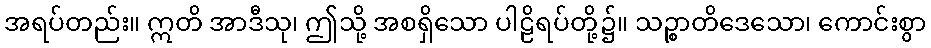
အရပ်တည်း။ ဣတိ အာဒီသု၊ ဤသို့ အစရှိသော ပါဠိရပ်တို့၌။ သဉ္စာတိဒေသော၊ ကောင်းစွာ